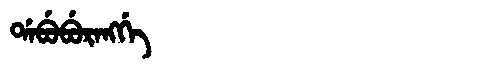
Manchu: ᡩᠠᠪᡠᠪᡠᡵᠠᠩᡤᡝ
Romanization: DABUBURANGGE